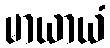
မာယာယံ